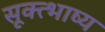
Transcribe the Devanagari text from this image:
सूक्त्भाष्य